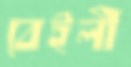
বেইলী